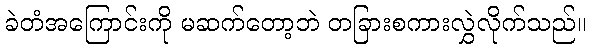
ခဲတံအကြောင်းကို မဆက်တော့ဘဲ တခြားစကားလွှဲလိုက်သည်။